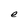
Character: e